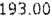
193.00